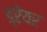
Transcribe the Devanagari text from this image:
ड्रेयर